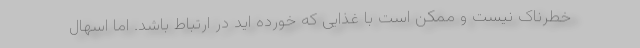
خطرناک نیست و ممکن است با غذایی که خورده اید در ارتباط باشد. اما اسهال